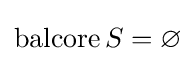
\operatorname {balcore} S=\varnothing